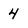
Character: 4